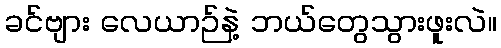
ခင်ဗျား လေယာဉ်နဲ့ ဘယ်တွေသွားဖူးလဲ။